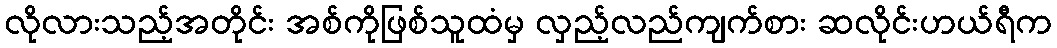
လိုလားသည့်အတိုင်း အစ်ကိုဖြစ်သူထံမှ လှည့်လည်ကျက်စား ဆလိုင်းဟယ်ရီက